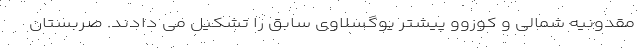
مقدونیه شمالی و کوزوو پیشتر یوگسلاوی سابق را تشکیل می دادند. صربستان